Report on certain features of malaria in the island of Salsette
Disease focus: Malaria
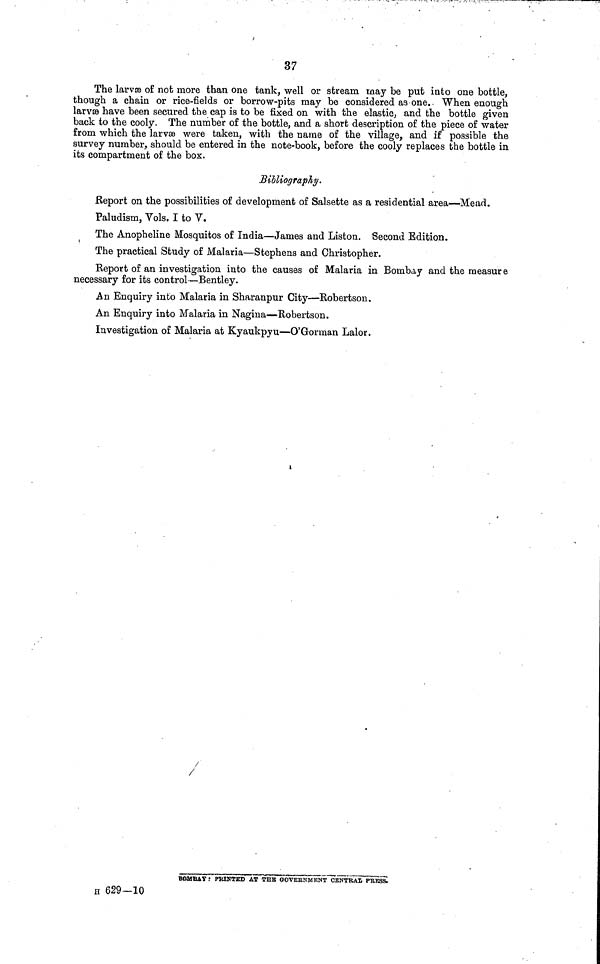
37
The larvae of not more than one tank, well or stream may be put into one bottle,
though a chain or rice-fields or borrow-pits may be considered as one. When enough
larvæ have been secured the cap is to be fixed on with the elastic, and the bottle given
back to the cooly. The number of the bottle, and a short description of the piece of water
from which the larvæ were taken, with the name of the village, and if possible the
survey number, should be entered in the note-book, before the cooly replaces the bottle in
its compartment of the box.
Bibliography.
Report on the possibilities of development of Salsette as a residential area—Mead.
Paludism, Vols. I to V.
The Anopheline Mosquitos of India—James and Liston. Second Edition.
The practical Study of Malaria—Stephens and Christopher.
Report of an investigation into the causes of Malaria in Bombay and the measure
necessary for its control —Bentley.
An Enquiry into Malaria in Sharanpur City—Robertson.
An Enquiry into Malaria in Nagina—Robertson.
Investigation of Malaria at Kyaukpyu—O'Gorman Lalor.
BOMBAY : PRINTED AT THE GOVERNMENT CENTRAL PRESS
H 629—10